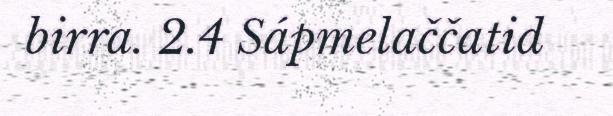
birra. 2.4 Sápmelaččatid